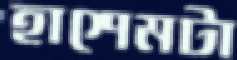
হাশেমটা